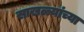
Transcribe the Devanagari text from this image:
साखळ्यांच्या